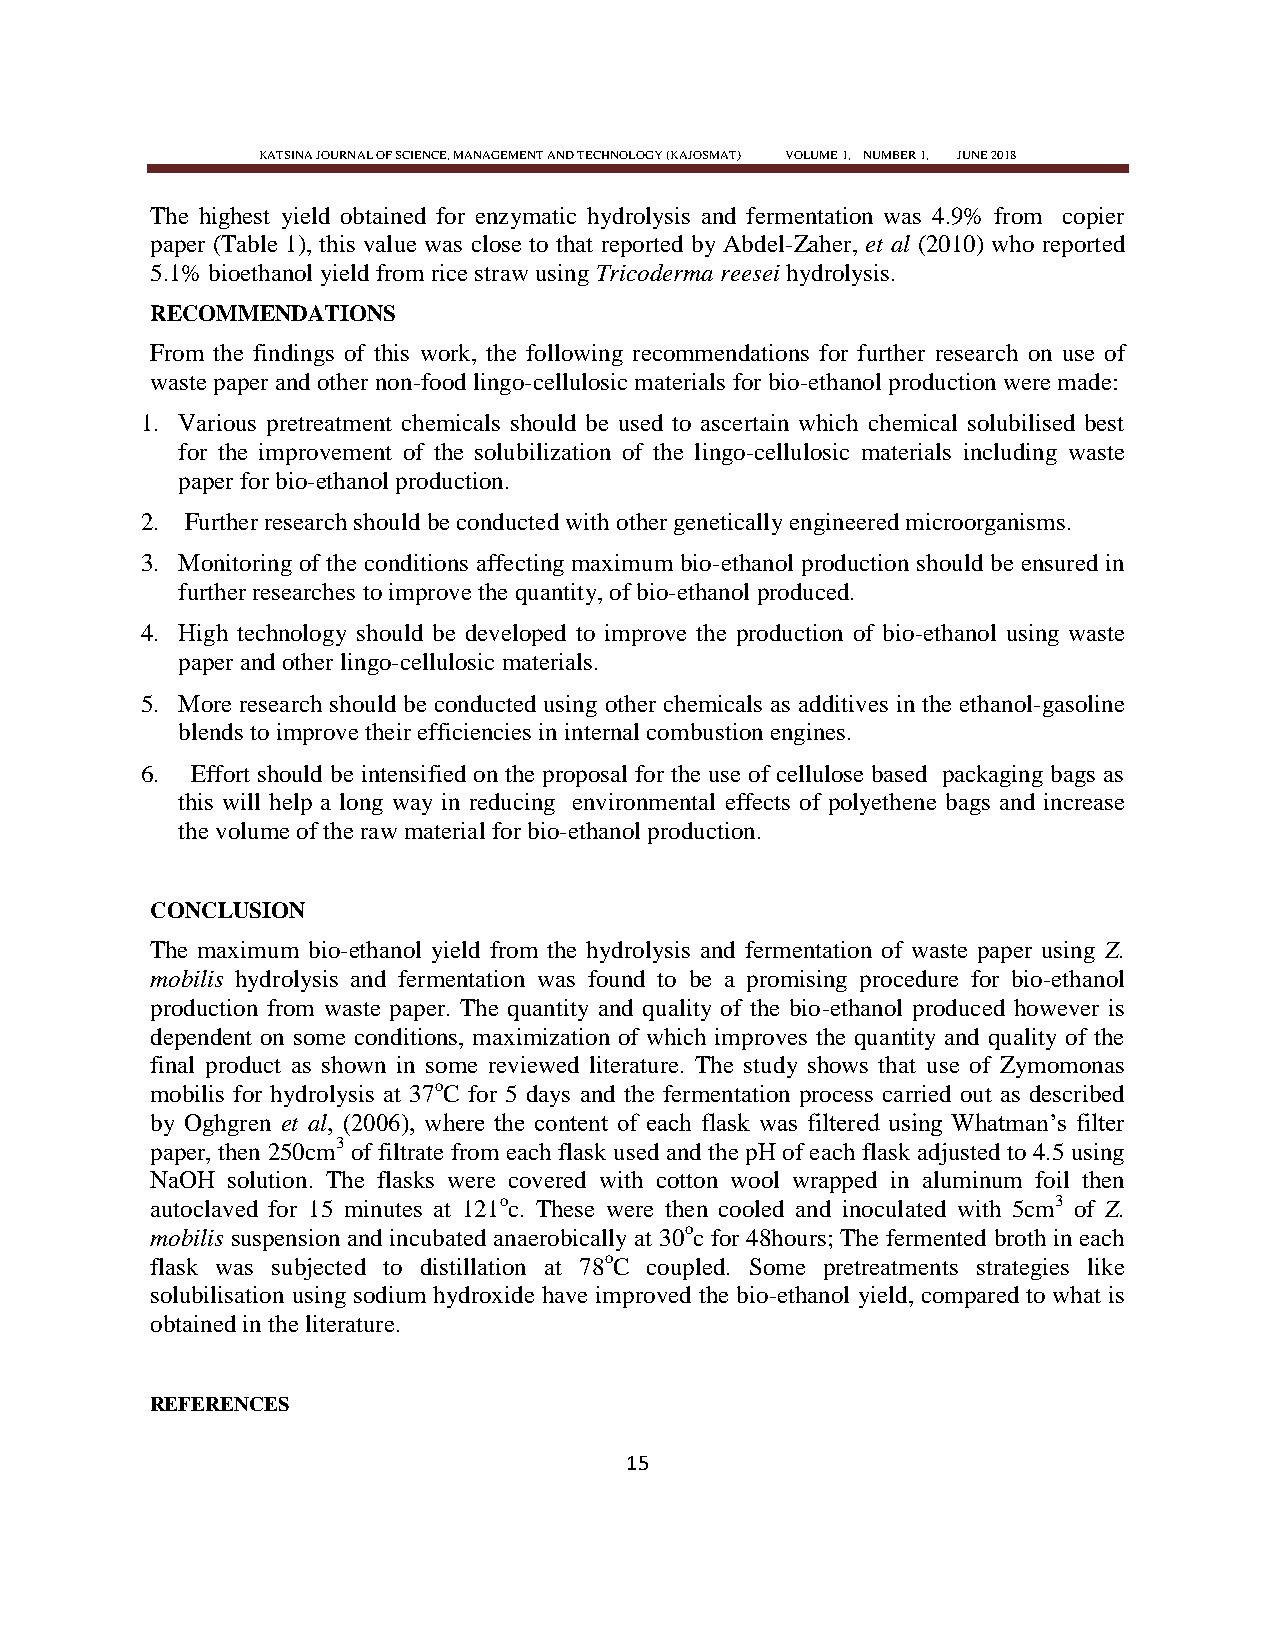
KATSINA JOURNAL OF SCIENCE, MANAGEMENT AND TECHNOLOGY (KAJOSMAT) VOLUME 1, NUMBER 1, JUNE 2018
 The highest yield obtained for enzymatic hydrolysis and fermentation was 4.9% from copier
 paper (Table 1), this value was close to that reported by Abdel-Zaher, et al (2010) who reported
 5.1% bioethanol yield from rice straw using Tricoderma reesei hydrolysis.
 RECOMMENDATIONS
 From the findings of this work, the following recommendations for further research on use of
 waste paper and other non-food lingo-cellulosic materials for bio-ethanol production were made:
 1. Various pretreatment chemicals should be used to ascertain which chemical solubilised best
 for the improvement of the solubilization of the lingo-cellulosic materials including waste
 paper for bio-ethanol production.
 2. Further research should be conducted with other genetically engineered microorganisms.
 3. Monitoring of the conditions affecting maximum bio-ethanol production should be ensured in
 further researches to improve the quantity, of bio-ethanol produced.
 4. High technology should be developed to improve the production of bio-ethanol using waste
 paper and other lingo-cellulosic materials.
 5. More research should be conducted using other chemicals as additives in the ethanol-gasoline
 blends to improve their efficiencies in internal combustion engines.
 6.  Effort should be intensified on the proposal for the use of cellulose based packaging bags as
 this will help a long way in reducing environmental effects of polyethene bags and increase
 the volume of the raw material for bio-ethanol production.
 CONCLUSION
 The maximum bio-ethanol yield from the hydrolysis and fermentation of waste paper using Z.
 mobilis hydrolysis and fermentation was found to be a promising procedure for bio-ethanol
 production from waste paper. The quantity and quality of the bio-ethanol produced however is
 dependent on some conditions, maximization of which improves the quantity and quality of the
 final product as shown in some reviewed literature. The study shows that use of Zymomonas
 mobilis for hydrolysis at 37oC for 5 days and the fermentation process carried out as described
 by Oghgren et al, (2006), where the content of each flask was filtered using Whatman‘s filter
 paper, then 250cm3 of filtrate from each flask used and the pH of each flask adjusted to 4.5 using
 NaOH solution. The flasks were covered with cotton wool wrapped in aluminum foil then
 autoclaved for 15 minutes at 121oc. These were then cooled and inoculated with 5cm3 of Z.
 mobilis suspension and incubated anaerobically at 30oc for 48hours; The fermented broth in each
 flask was subjected to distillation at 78oC coupled. Some pretreatments strategies like
 solubilisation using sodium hydroxide have improved the bio-ethanol yield, compared to what is
 obtained in the literature.
 REFERENCES
 15